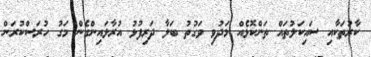
ކާރުތަކާއި ސައިކަލުތައް ތަންކޮޅެއް މަދުވި ވަގުތު ބަލާ ދަރިފުޅު އުރާލައިންގެން މަގު ހުރަސްކުރަން